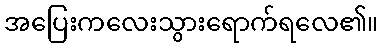
အပြေးကလေးသွားရောက်ရလေ၏။